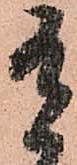
有